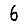
Digit: 6